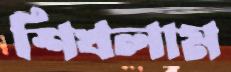
শিখলাম